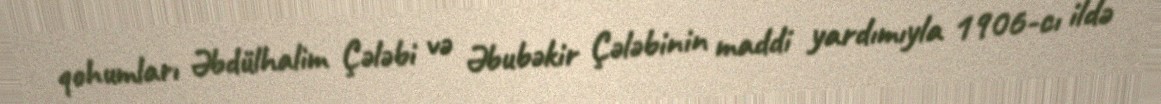
qohumları Əbdülhalim Çələbi və Əbubəkir Çələbinin maddi yardımıyla 1906-cı ildə